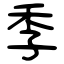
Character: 季